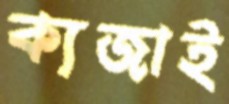
ক্যজাই